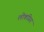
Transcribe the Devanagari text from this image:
लोकप्रिय